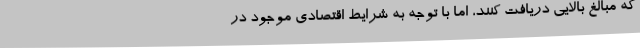
که مبالغ بالایی دریافت کنند، اما با توجه به شرایط اقتصادی موجود در